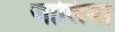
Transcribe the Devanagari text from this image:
जालिमा